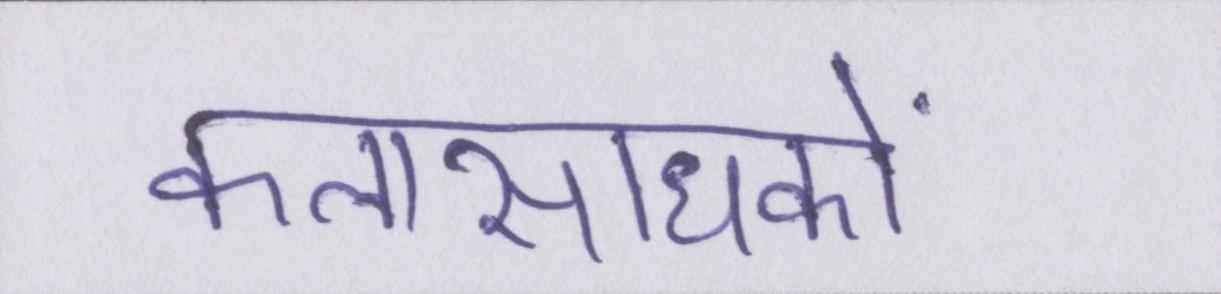
कलासाधकों